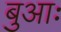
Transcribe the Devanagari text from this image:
बुआः